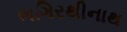
ભગિરથીનાથ